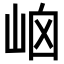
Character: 𡶯